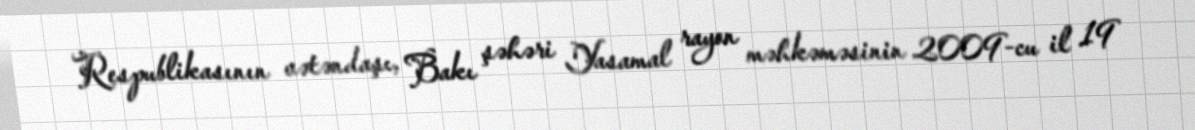
Respublikasının vətəndaşı, Bakı şəhəri Yasamal rayon məhkəməsinin 2009-cu il 19